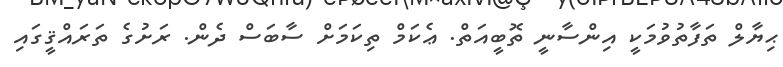
ޙިޔާލް ތަފާތުވުމަކީ އިންސާނީ ތޮބީއަތް. ޢެކަމް ތިކަމަށް ސާބަސް ދެން. ރަށުގެ ތަރައްޤީގައި